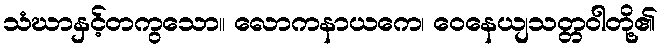
သံဃာနှင့်တကွသော။ လောကနာယကေ၊ ဝေနေယျသတ္တဝါတို့၏